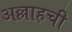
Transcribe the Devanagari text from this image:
अल्लाहची